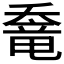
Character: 𡙶